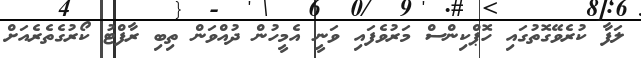
ލަފާ ކުރެވޭގޮތުގައި ހޮޕްކިންސް މަރުވެފައި ވަނީ އެމީހުން ދުއްވަން ތިބި ރާފްޓު ކޯރުގެތެރެއަށް